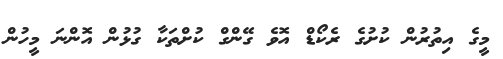
މީގެ އިތުރުން ކުށުގެ ރެކޯޑް އޮވެ ގޭންގް ކުށްތަކާ ގުޅުން އޮންނަ މީހުން